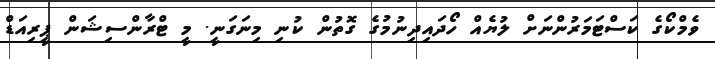
ވެމްކޯގެ ކަސްޓަމަރުންނަށް ލުޔެއް ހޯދައިދިނުމުގެ ގޮތުން ކުނި މިނަގަނީ. މީ ޓްރާންސިޝަން ޕީރިއަޑް